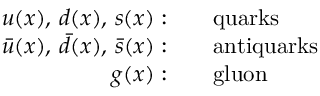
\begin{array} { r l } { u ( x ) , \, d ( x ) , \, s ( x ) : } & { { } \quad \mathrm { q u a r k s } } \\ { \bar { u } ( x ) , \, \bar { d } ( x ) , \, \bar { s } ( x ) : } & { { } \quad \mathrm { a n t i q u a r k s } } \\ { g ( x ) : } & { { } \quad \mathrm { g l u o n } } \end{array}